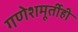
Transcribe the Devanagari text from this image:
गणेशमूर्तीही